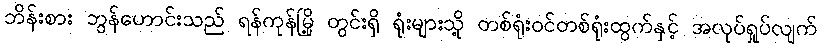
ဘိန်းစား ဘွန်ဟောင်းသည် ရန်ကုန်မြို့ တွင်းရှိ ရုံးများသို့ တစ်ရုံးဝင်တစ်ရုံးထွက်နှင့် အလုပ်ရှုပ်လျက်